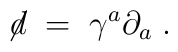
\not \! d \;=\; \gamma^a \partial_a \;.